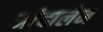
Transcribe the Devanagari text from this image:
आंदालेन